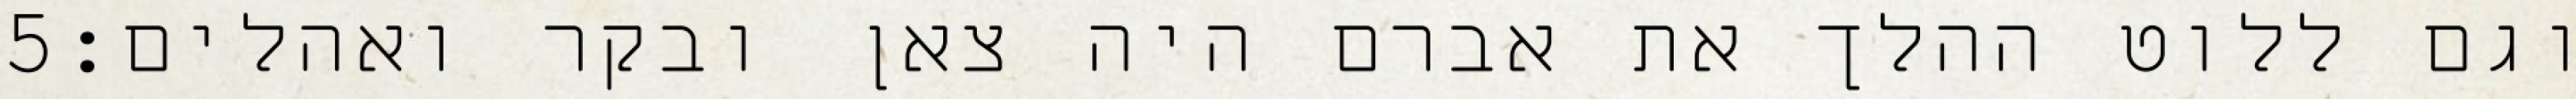
‎5‏ וגם ללוט ההלך את אברם היה צאן ובקר ואהלים׃